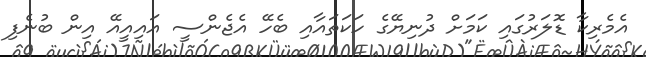
އެމެރިކާ ޑޮލަރުގައި ކަމަށް ދުނިޔޭގެ ހަކަތައާއި ބެހޭ އެޖެންސީ އައިއީއޭ އިން ބުނެފި